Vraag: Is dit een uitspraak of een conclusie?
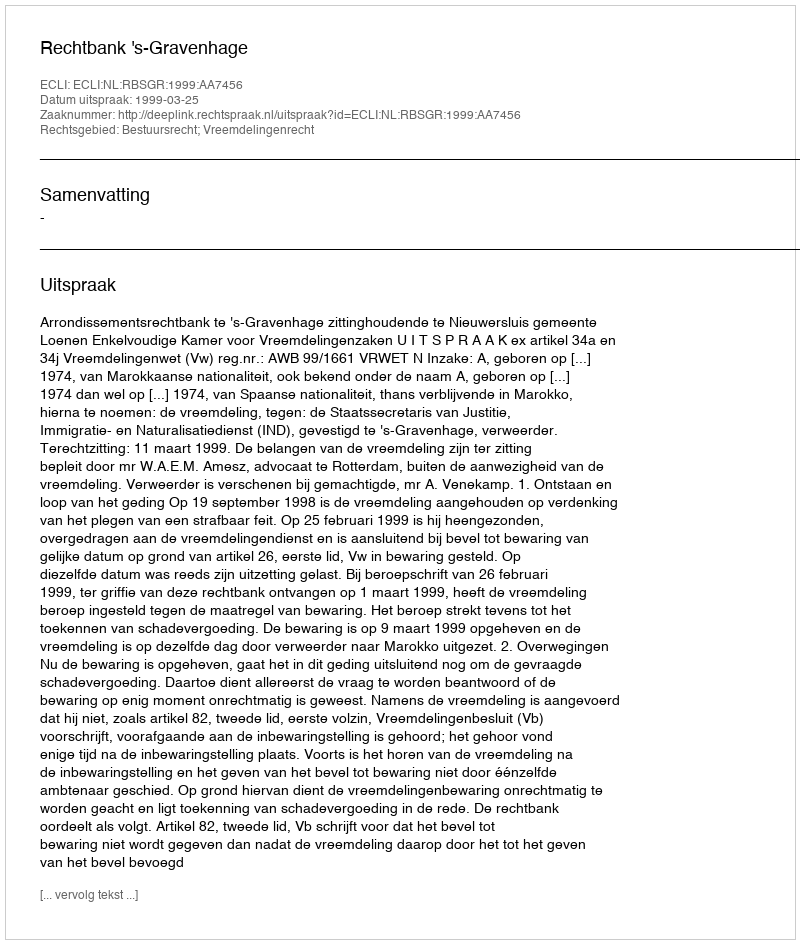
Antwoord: Uitspraak